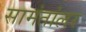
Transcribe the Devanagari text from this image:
सामंतांलर